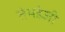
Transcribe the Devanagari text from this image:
तेमडेजी